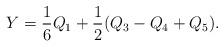
LaTeX: \begin{align*}Y=\frac{1}{6}Q_1+\frac{1}{2}(Q_3-Q_4+Q_5).\end{align*}